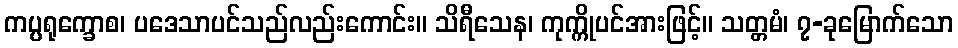
ကပ္ပရုက္ခောစ၊ ပဒေသာပင်သည်လည်းကောင်း။ သိရီသေန၊ ကုက္ကိုပင်အားဖြင့်။ သတ္တမံ၊ ၇-ခုမြောက်သော